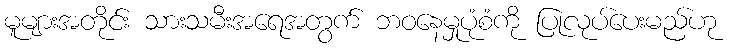
မူများအတိုင်း သားသမီးအရေအတွက် ဘဝနေမှုပုံစံကို ပြုလုပ်ပေးမည်ဟု